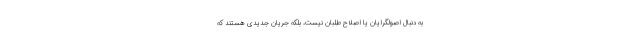
به دنبال اصولگرایان یا اصلاح طلبان نیست، بلکه جریان جدیدی هستند که